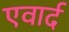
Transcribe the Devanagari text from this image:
एवार्द